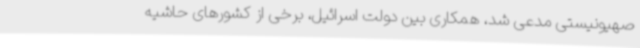
صهیونیستی مدعی شد، همکاری‌ بین دولت اسرائیل، برخی از کشورهای حاشیه